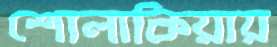
শোলাকিয়ায়